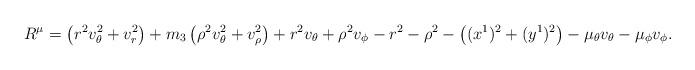
LaTeX: \begin{align*}R^\mu = \left(r^2v_\theta^2+v_r^2\right)+m_3\left(\rho^2v_\theta^2+v_{\rho}^2\right)+r^2v_\theta+\rho^2v_\phi-r^2-\rho^2-\left((x^1)^2+(y^1)^2\right)-\mu_\theta v_\theta-\mu_\phi v_\phi.\end{align*}